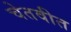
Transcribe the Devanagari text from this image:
चेतवीत